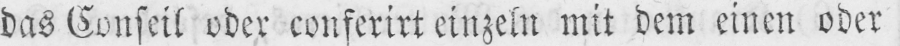
das Conseil oder conferirt einzeln mit dem einen oder